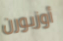
أوزبورن